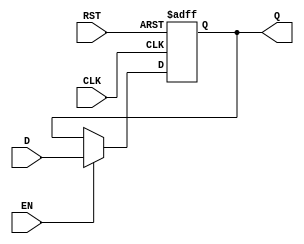
module DataRegister #(
    parameter DATA_WIDTH = 8  // Default data width is 8 bits
)(
    input  wire [DATA_WIDTH-1:0] D,    // Data input
    input  wire CLK,                    // Clock signal
    input  wire RST,                    // Asynchronous reset
    input  wire EN,                     // Enable signal
    output reg  [DATA_WIDTH-1:0] Q     // Data output
);

// Sequential logic to capture data on clock edge
always @(posedge CLK or posedge RST) begin
    if (RST) begin
        Q <= {DATA_WIDTH{1'b0}};        // Clear output on reset
    end else if (EN) begin
        Q <= D;                         // Update output with input data
    end
end

endmodule